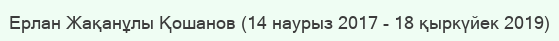
Ерлан Жақанұлы Қошанов (14 наурыз 2017 - 18 қыркүйек 2019)